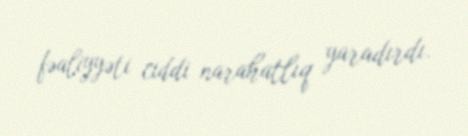
fəaliyyəti ciddi narahatlıq yaradırdı.